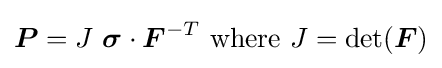
{\boldsymbol {P}}=J~{\boldsymbol {\sigma }}\cdot {\boldsymbol {F}}^{-T}~{\text{where}}~J=\det({\boldsymbol {F}})